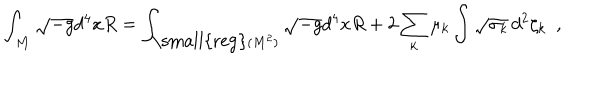
LaTeX: \int _ { \cal M } \sqrt { - g } d ^ { 4 } x R = \int _ { { \mathrm { \small { r e g } } } ( M ^ { 2 } ) } \sqrt { - g } d ^ { 4 } x R + 2 \sum _ { k } \mu _ { k } \int \sqrt { \sigma _ { k } } \, d ^ { 2 } \zeta _ { k } ~ ~ ,